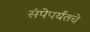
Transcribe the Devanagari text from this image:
संपेपर्यंतचे